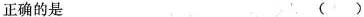
正确的是 （ ）